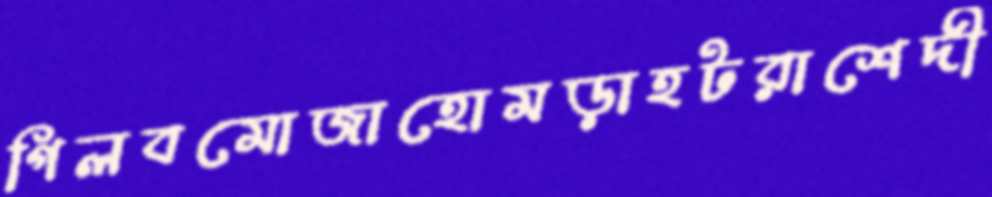
গিলবমোজাহোমড়াহটরাশেদী